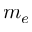
m _ { e }